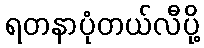
ရတနာပုံတယ်လီပို့